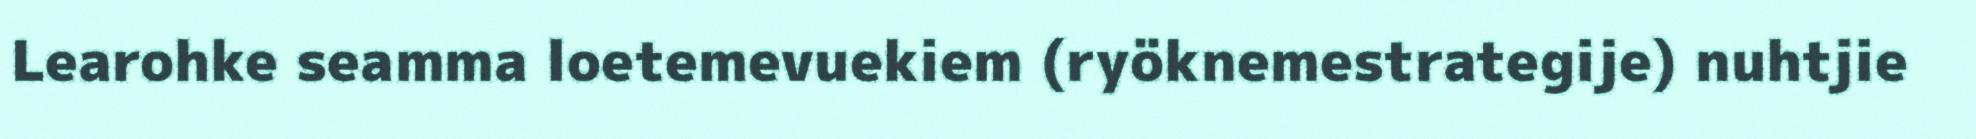
Learohke seamma loetemevuekiem (ryöknemestrategije) nuhtjie